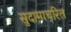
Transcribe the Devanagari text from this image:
सुदामाचरित